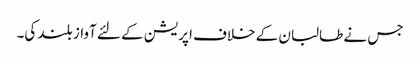
جس نے طالبان کے خلاف اپریشن کے لئے آواز بلند کی۔